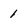
Character: 1